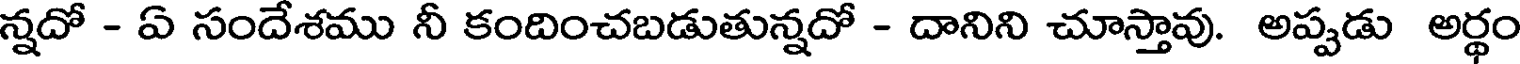
న్నదో - ఏ సందేశము నీ కందించబడుతున్నదో - దానిని చూస్తావు. అప్పడు అర్థం